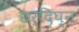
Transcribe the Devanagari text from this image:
छर्दिघ्न